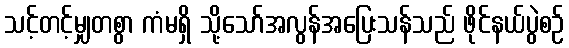
သင့်တင့်မျှတစွာ ကံမရှိ သို့သော်အလွန်အပြေးသန်သည် ဖိုင်နယ်ပွဲစဉ်